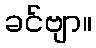
ခင်ဗျာ။